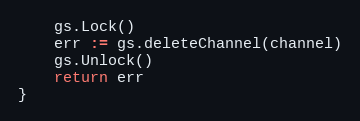
Language: Go
	gs.Lock()
	err := gs.deleteChannel(channel)
	gs.Unlock()
	return err
}